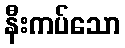
နီးကပ်သော